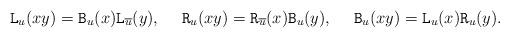
LaTeX: \begin{align*} \mathtt{L}_u(xy) &= \mathtt{B}_u(x)\mathtt{L}_{\overline{u}}(y), & \mathtt{R}_u(xy) &= \mathtt{R}_{\overline{u}}(x)\mathtt{B}_{u}(y), & \mathtt{B}_u(xy) &= \mathtt{L}_u(x)\mathtt{R}_u(y). \end{align*}